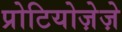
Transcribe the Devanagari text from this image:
प्रोटियोज़ेज़े